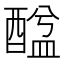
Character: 䤈